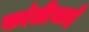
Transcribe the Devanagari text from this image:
कांतीभाई